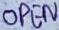
Text: OPEN